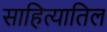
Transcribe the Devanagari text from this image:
साहित्यातिल